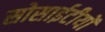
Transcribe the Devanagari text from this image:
सोसाईटीयों